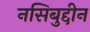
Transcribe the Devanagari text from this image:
नसिबुद्दीन